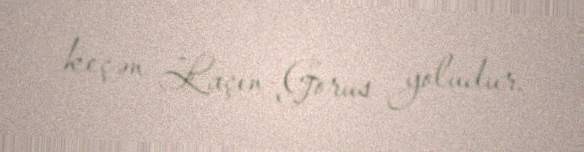
keçən Laçın-Gorus yoludur.